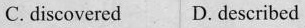
C. discovered D. described